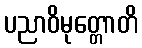
ပညာဝိမုတ္တောတိ